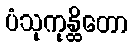
ပံသုကုန္ထိတော